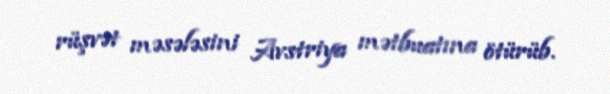
rüşvət məsələsini Avstriya mətbuatına ötürüb.